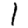
Digit: 1